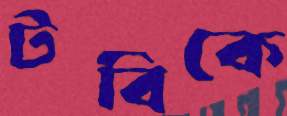
টবিকে